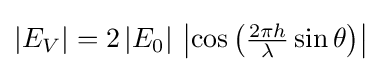
\textstyle {\left|E_{V}\right|=2\left|E_{0}\right|\,\left|\cos \left({2\pi h \over \lambda }\sin \theta \right)\right|}